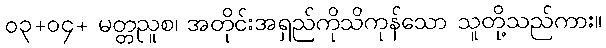
၀၃+၀၄+ မတ္တညူစ၊ အတိုင်းအရှည်ကိုသိကုန်သော သူတို့သည်ကား။